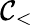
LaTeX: \mathcal{C}_{<}